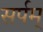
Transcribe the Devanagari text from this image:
सर्पम्